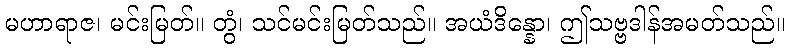
မဟာရာဇ၊ မင်းမြတ်။ တွံ၊ သင်မင်းမြတ်သည်။ အယံဒိန္နော၊ ဤသဗ္ဗဒါန်အမတ်သည်။